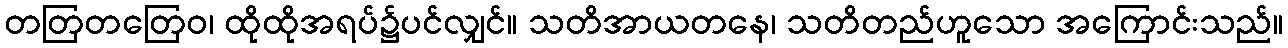
တတြတတြေဝ၊ ထိုထိုအရပ်၌ပင်လျှင်။ သတိအာယတနေ၊ သတိတည်ဟူသော အကြောင်းသည်။